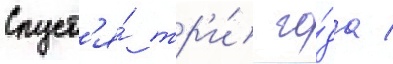
Спуст'я́ тр'и́ го́да /